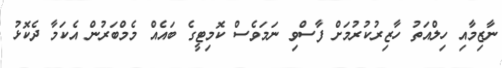
ނާޒިމާއި ހިލްއަތު ހާޒިރުކުރުމަށް ފާސްވި ނަމަވެސް ކޮމިޓީގެ ބައެއް މެމްބަރުން އެކަމާ ދެކޮޅު